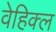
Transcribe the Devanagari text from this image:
वेहिक्ल